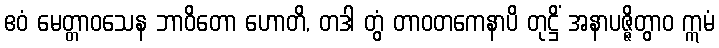
ဧဝံ မေတ္တာဝသေန ဘာဝိတော ဟောတိ, တဒါ တွံ တာဝတကေနာပိ တုဋ္ဌိံ အနာပဇ္ဇိတွာဝ ဣမံ